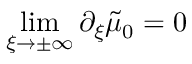
\operatorname* { l i m } _ { \xi \to \pm \infty } \partial _ { \xi } \tilde { \mu } _ { 0 } = 0